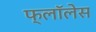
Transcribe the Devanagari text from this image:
फ्लॉलेस